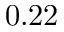
0 . 2 2